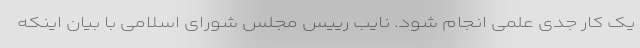
یک کار جدی علمی انجام شود. نایب رییس مجلس شورای اسلامی با بیان اینکه